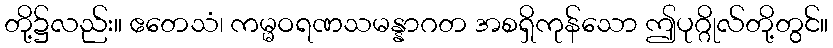
တို့၌လည်း။ ဧတေသံ၊ ကမ္မဝရဏသမန္နာဂတ အစရှိကုန်သော ဤပုဂ္ဂိုလ်တို့တွင်။